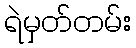
ရဲမှတ်တမ်း